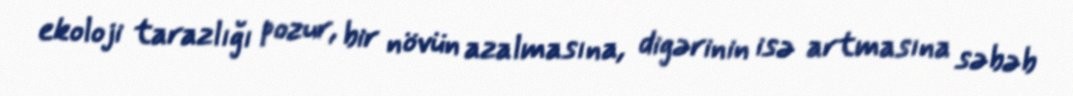
ekoloji tarazlığı pozur, bir növün azalmasına, digərinin isə artmasına səbəb